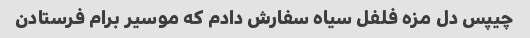
چیپس دل مزه فلفل سیاه سفارش دادم که موسیر برام فرستادن